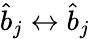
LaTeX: \hat{b}_{j}\leftrightarrow\hat{b}_{j}